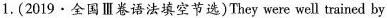
1.(2019.全国Ⅲ卷语法填空节选)Theywere well trained by